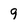
Character: 9